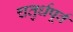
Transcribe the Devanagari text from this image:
चतुर्धपूर्व